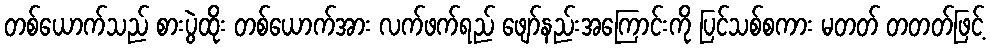
တစ်ယောက်သည် စားပွဲထိုး တစ်ယောက်အား လက်ဖက်ရည် ဖျော်နည်းအကြောင်းကို ပြင်သစ်စကား မတတ် တတတ်ဖြင့်